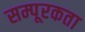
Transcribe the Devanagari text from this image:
सम्पूरकता